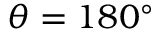
\theta = 1 8 0 ^ { \circ }